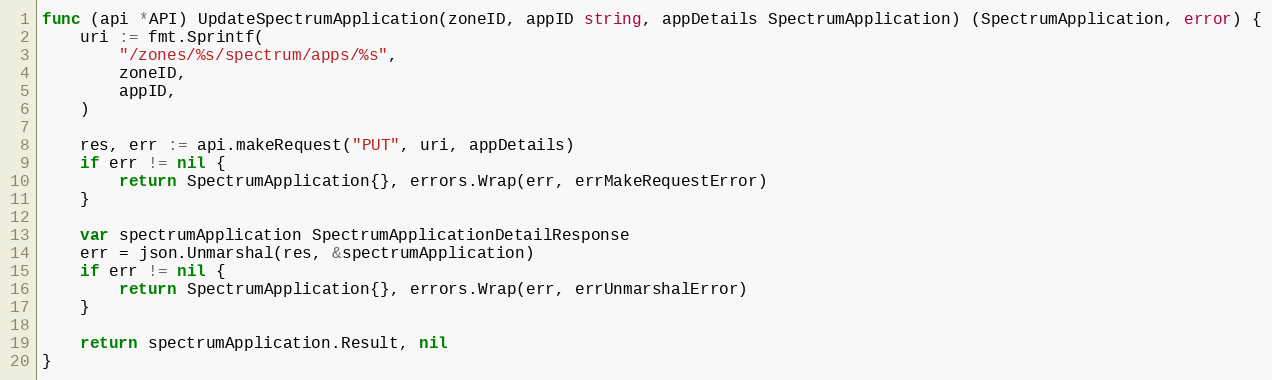
Language: Go
func (api *API) UpdateSpectrumApplication(zoneID, appID string, appDetails SpectrumApplication) (SpectrumApplication, error) {
	uri := fmt.Sprintf(
		"/zones/%s/spectrum/apps/%s",
		zoneID,
		appID,
	)

	res, err := api.makeRequest("PUT", uri, appDetails)
	if err != nil {
		return SpectrumApplication{}, errors.Wrap(err, errMakeRequestError)
	}

	var spectrumApplication SpectrumApplicationDetailResponse
	err = json.Unmarshal(res, &spectrumApplication)
	if err != nil {
		return SpectrumApplication{}, errors.Wrap(err, errUnmarshalError)
	}

	return spectrumApplication.Result, nil
}